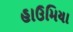
હાઉમિયા